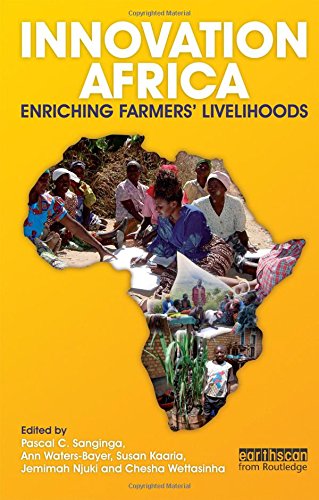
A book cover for Innovation Africa: Enriching Farmers' Livelihoods; Science & Math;